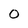
Character: 0